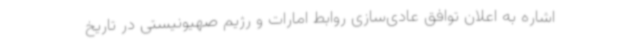
اشاره به اعلان توافق عادی‌سازی روابط امارات و رژیم صهیونیستی در تاریخ